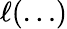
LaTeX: \ell(\dots)